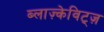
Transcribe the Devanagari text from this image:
ब्लाज़्केविट्ज़